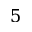
5